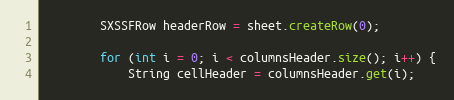
Language: Java
		SXSSFRow headerRow = sheet.createRow(0);

		for (int i = 0; i < columnsHeader.size(); i++) {
			String cellHeader = columnsHeader.get(i);